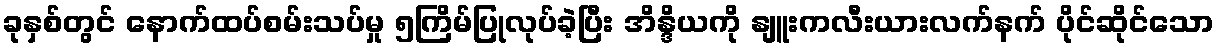
ခုနှစ်တွင် နောက်ထပ်စမ်းသပ်မှု ၅ကြိမ်ပြုလုပ်ခဲ့ပြီး အိန္ဒိယကို နျူးကလီးယားလက်နက် ပိုင်ဆိုင်သော